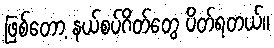
ဖြစ်တော့ နယ်စပ်ဂိတ်တွေ ပိတ်ရတယ်။